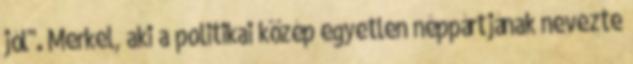
jól". Merkel, aki a politikai közép egyetlen néppártjának nevezte